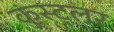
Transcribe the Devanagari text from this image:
कुंस्ट्लर